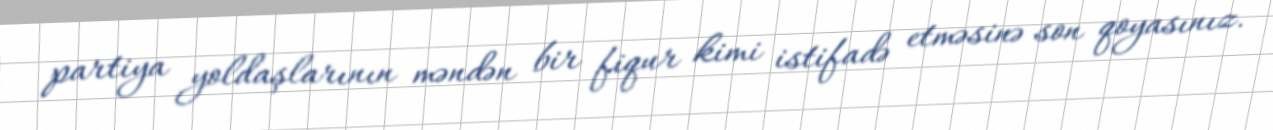
partiya yoldaşlarının məndən bir fiqur kimi istifadə etməsinə son qoyasınız.